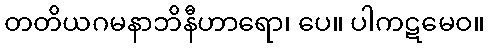
တတိယဂမနာဘိနီဟာရော၊ ပေ။ ပါကဋမေဝ။